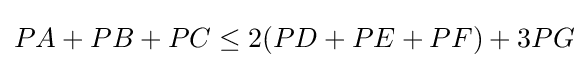
PA+PB+PC\leq 2(PD+PE+PF)+3PG